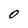
Character: 0